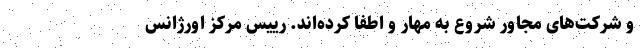
و شرکت‌های مجاور شروع به مهار و اطفا کرده‌اند. رییس مرکز اورژانس